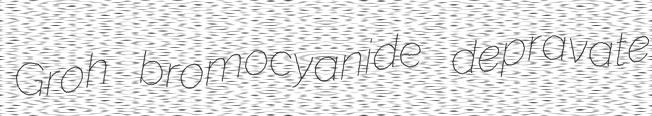
Groh bromocyanide depravate